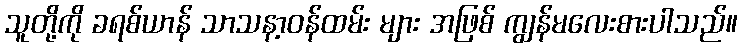
သူတို့ကို ခရစ်ယာန် သာသနာ့ဝန်ထမ်း များ အဖြစ် ကျွန်မလေးစားပါသည်။